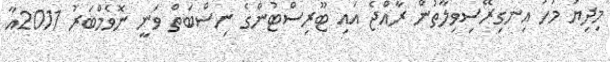
މިދިޔަ މަހު އިނގިރޭސިވިލާތުން ރާއްޖެ އައި ޓޫރިސްޓުންގެ ނިސްބަތް ވަނީ ނޮވެމްބަރު 2011އާ